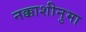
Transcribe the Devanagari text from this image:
नक्काशीनुमा